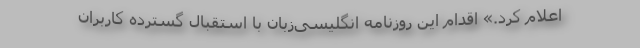
اعلام کرد.» اقدام این روزنامه انگلیسی‌زبان با استقبال گسترده کاربران